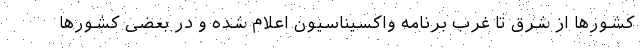
کشورها از شرق تا غرب برنامه واکسیناسیون اعلام شده و در بعضی کشورها